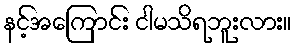
နင့်အကြောင်း ငါမသိရဘူးလား။